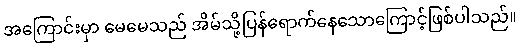
အကြောင်းမှာ မေမေသည် အိမ်သို့ပြန်ရောက်နေသောကြောင့်ဖြစ်ပါသည်။